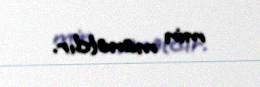
min manatdır.